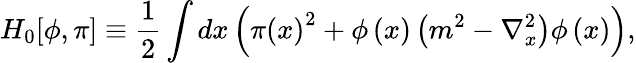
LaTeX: H_{0}[\phi,\pi]\equiv\frac{1}{2}\int dx\left(\pi\left(x\right)^{2}+\phi\left(x\right)\left(m^{2}-\nabla_{x}^{2}\right)\phi\left(x\right)\right),